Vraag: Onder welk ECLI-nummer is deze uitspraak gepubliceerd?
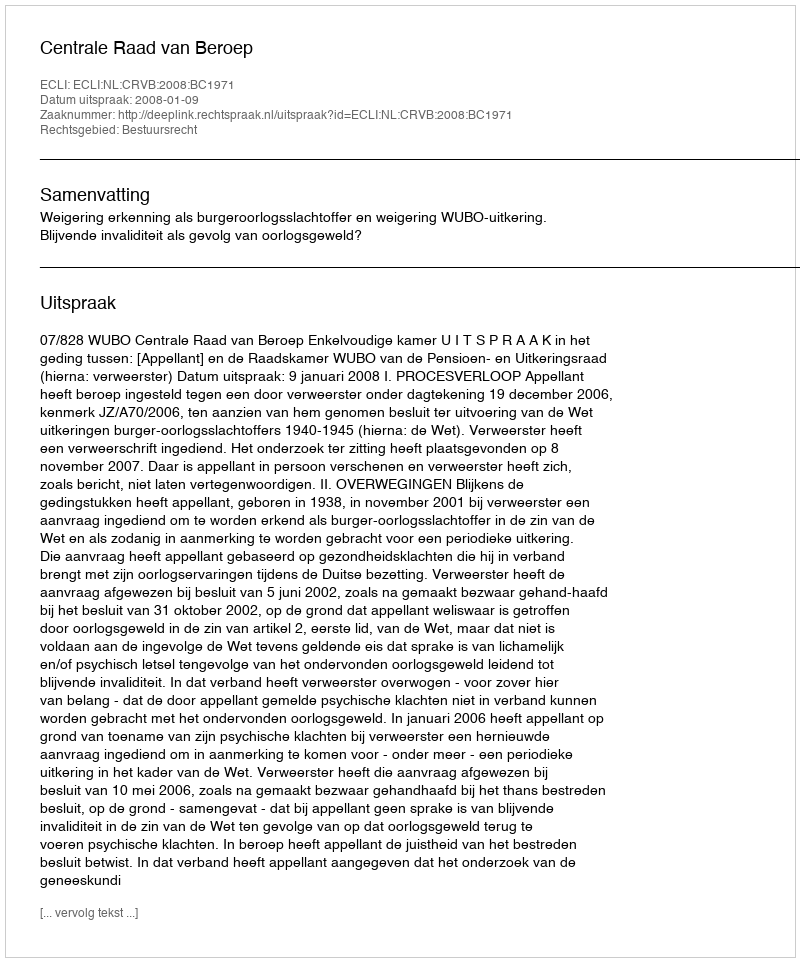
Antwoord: ECLI:NL:CRVB:2008:BC1971